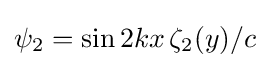
\psi _{2}=\sin 2kx\,\zeta _{2}(y)/c